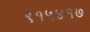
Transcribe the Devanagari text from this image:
९१५४१७